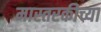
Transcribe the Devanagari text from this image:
मास्तरकीच्या